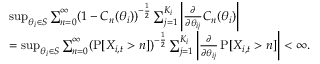
\begin{array} { r l } & { \operatorname* { s u p } _ { \theta _ { i } \in S } \sum _ { n = 0 } ^ { \infty } ( 1 - C _ { n } ( \theta _ { i } ) ) ^ { - \frac { 1 } { 2 } } \sum _ { j = 1 } ^ { K _ { i } } \left| \frac { \partial } { \partial \theta _ { i j } } C _ { n } ( \theta _ { i } ) \right| } \\ & { = \operatorname* { s u p } _ { \theta _ { i } \in S } \sum _ { n = 0 } ^ { \infty } ( \operatorname { P } [ X _ { i , t } > n ] ) ^ { - \frac { 1 } { 2 } } \sum _ { j = 1 } ^ { K _ { i } } \left| \frac { \partial } { \partial \theta _ { i j } } \operatorname { P } [ X _ { i , t } > n ] \right| < \infty . } \end{array}